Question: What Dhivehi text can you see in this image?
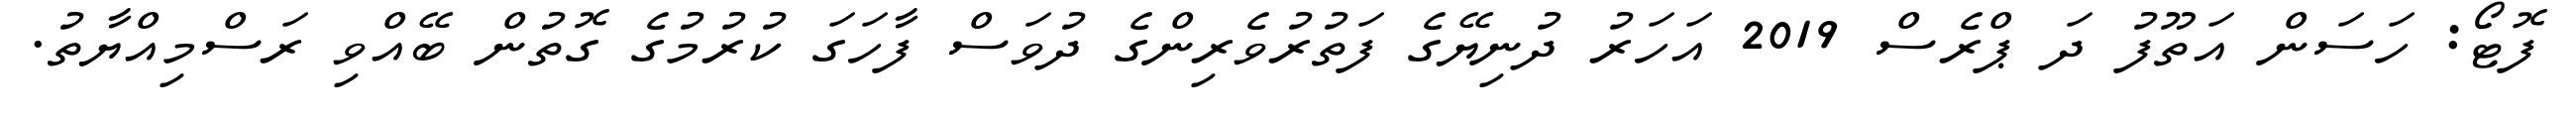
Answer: ފޮޓޯ: ހަސަން އަތޫފު ދަ ޕްރެސް 2019 އަހަރު ދުނިޔޭގެ ފަތުރުވެރިންގެ ދުވަސް ފާހަގަ ކުރުމުގެ ގޮތުން ބޭއްވި ރަސްމިއްޔާތު.